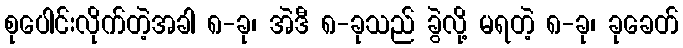
စုပေါင်းလိုက်တဲ့အခါ ၈-ခု၊ အဲဒီ ၈-ခုသည် ခွဲလို့ မရတဲ့ ၈-ခု၊ ခုခေတ်